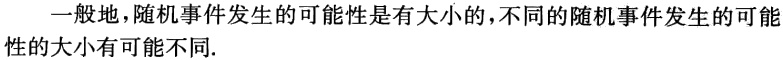
一般地，随机事件发生的可能性是有大小的，不同的随机事件发生的可能性的大小有可能不同.